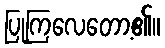
ပြုကြလေတော့၏။